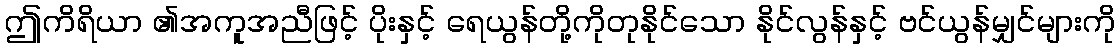
ဤကိရိယာ ၏အကူအညီဖြင့် ပိုးနှင့် ရေယွန်တို့ကိုတုနိုင်သော နိုင်လွန်နှင့် ဗင်ယွန်မျှင်များကို